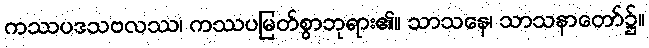
ကဿပဒသဗလဿ၊ ကဿပမြတ်စွာဘုရား၏။ သာသနေ၊ သာသနာတော်၌။